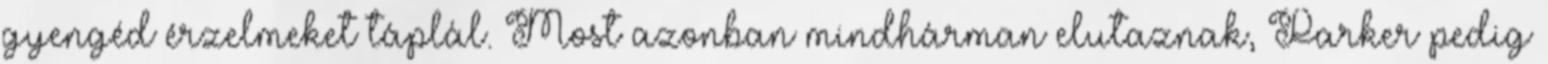
gyengéd érzelmeket táplál. Most azonban mindhárman elutaznak, Parker pedig